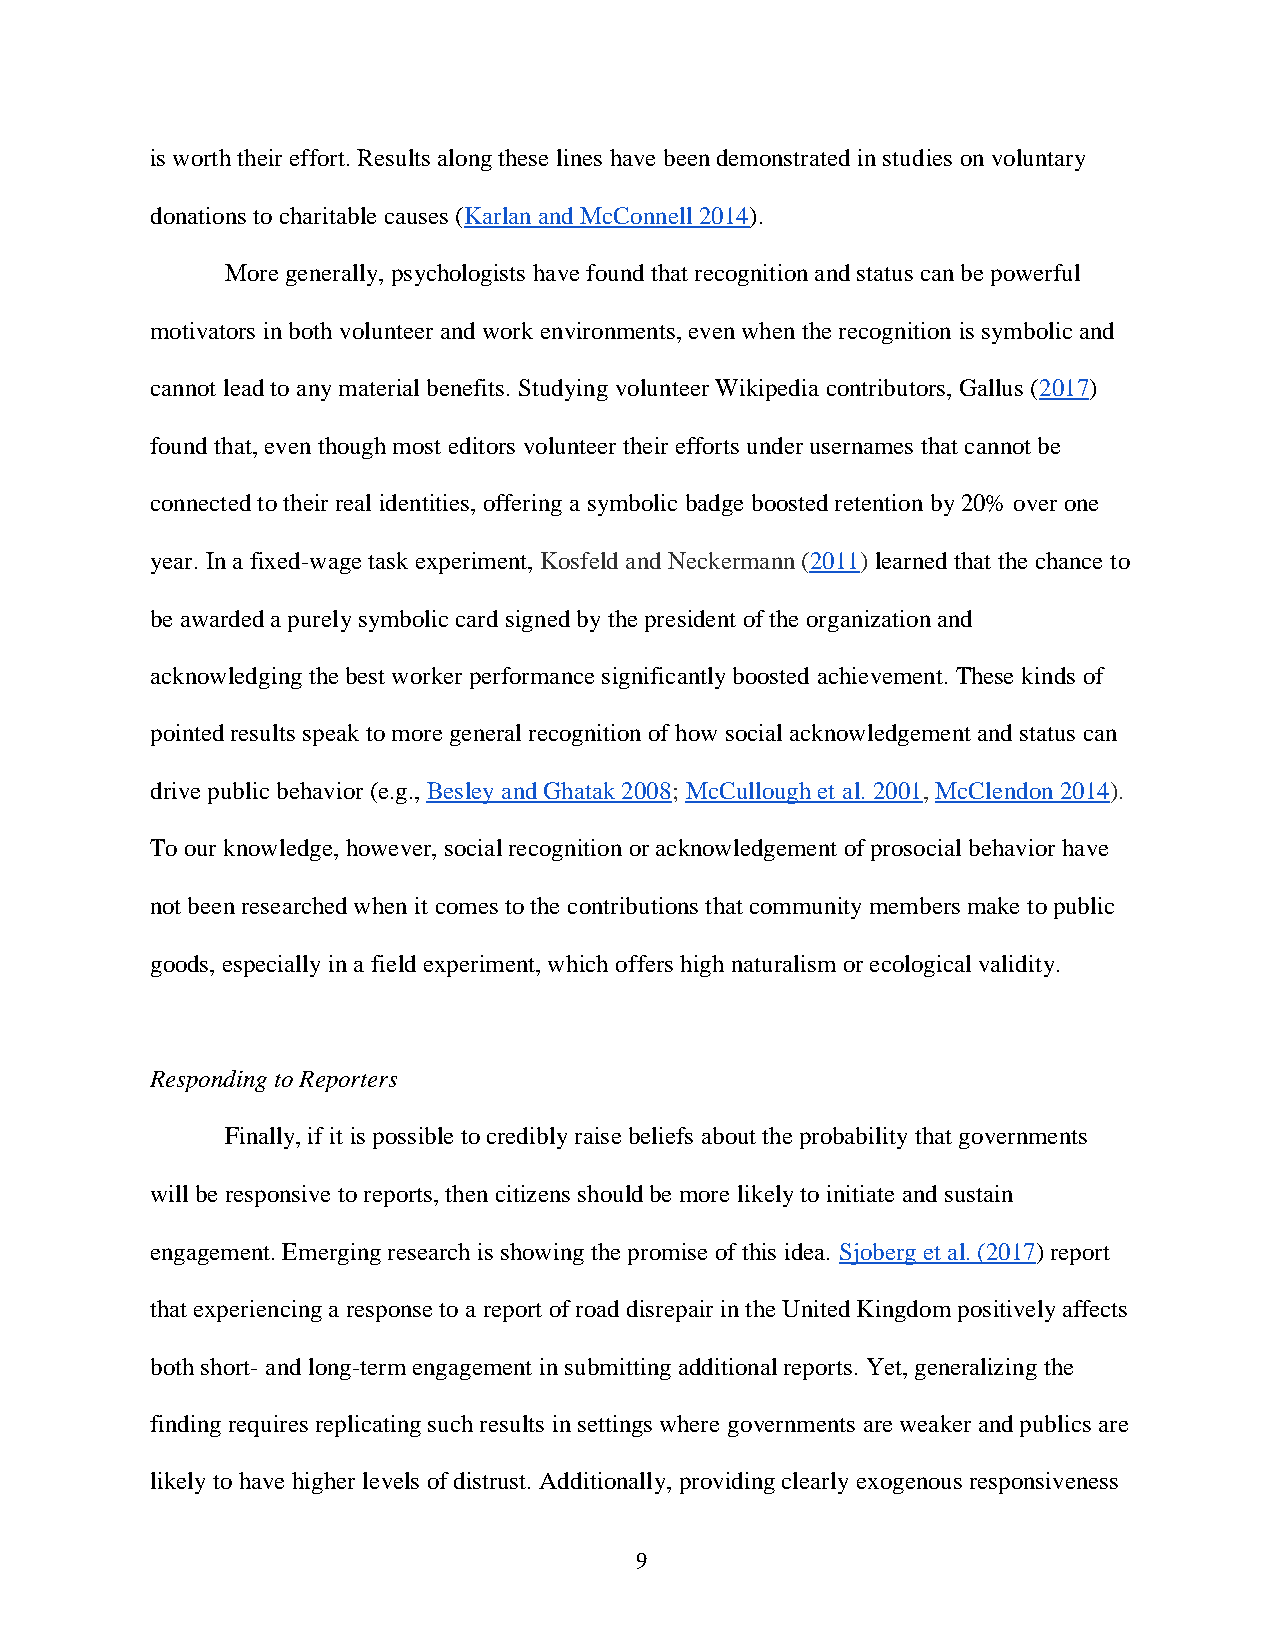
is worth their effort. Results along these lines have been demonstrated in studies on voluntary
 donations to charitable causes (Karlan and McConnell 2014).
 More generally, psychologists have found that recognition and status can be powerful
 motivators in both volunteer and work environments, even when the recognition is symbolic and
 cannot lead to any material benefits. Studying volunteer Wikipedia contributors, Gallus (2017)
 found that, even though most editors volunteer their efforts under usernames that cannot be
 connected to their real identities, offering a symbolic badge boosted retention by 20% over one
 year. In a fixed-wage task experiment, Kosfeld and Neckermann (2011) learned that the chance to
 be awarded a purely symbolic card signed by the president of the organization and
 acknowledging the best worker performance significantly boosted achievement. These kinds of
 pointed results speak to more general recognition of how social acknowledgement and status can
 drive public behavior (e.g., Besley and Ghatak 2008; McCullough et al. 2001, McClendon 2014).
 To our knowledge, however, social recognition or acknowledgement of prosocial behavior have
 not been researched when it comes to the contributions that community members make to public
 goods, especially in a field experiment, which offers high naturalism or ecological validity.
 Responding to Reporters
 Finally, if it is possible to credibly raise beliefs about the probability that governments
 will be responsive to reports, then citizens should be more likely to initiate and sustain
 engagement. Emerging research is showing the promise of this idea. Sjoberg et al. (2017) report
 that experiencing a response to a report of road disrepair in the United Kingdom positively affects
 both short- and long-term engagement in submitting additional reports. Yet, generalizing the
 finding requires replicating such results in settings where governments are weaker and publics are
 likely to have higher levels of distrust. Additionally, providing clearly exogenous responsiveness
 9